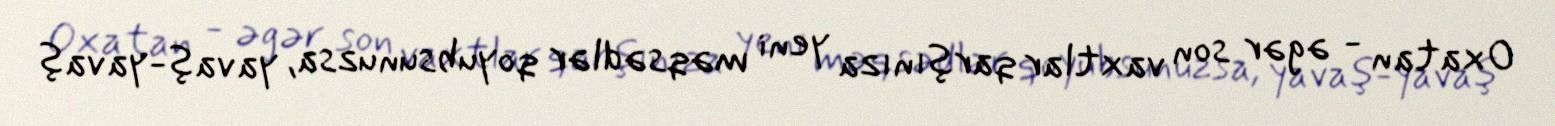
Oxatan - əgər son vaxtlar qarşınıza yeni məqsədlər qoyubsunuzsa, yavaş-yavaş